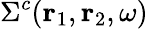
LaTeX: \Sigma^{c}(\mathbf{r}_{1},\mathbf{r}_{2},\omega)